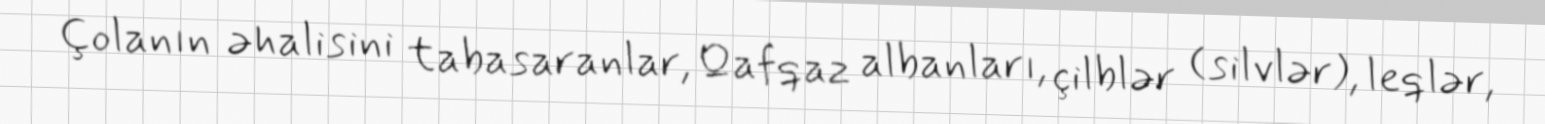
Çolanın əhalisini tabasaranlar, Qafqaz albanları, çilblər (silvlər), leqlər,